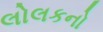
લોલકનો